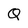
Character: Q